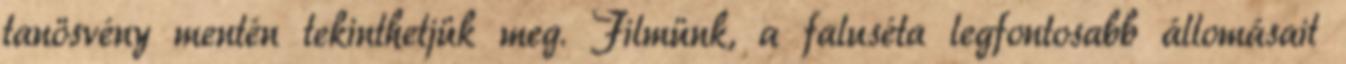
tanösvény mentén tekinthetjük meg. Filmünk, a faluséta legfontosabb állomásait